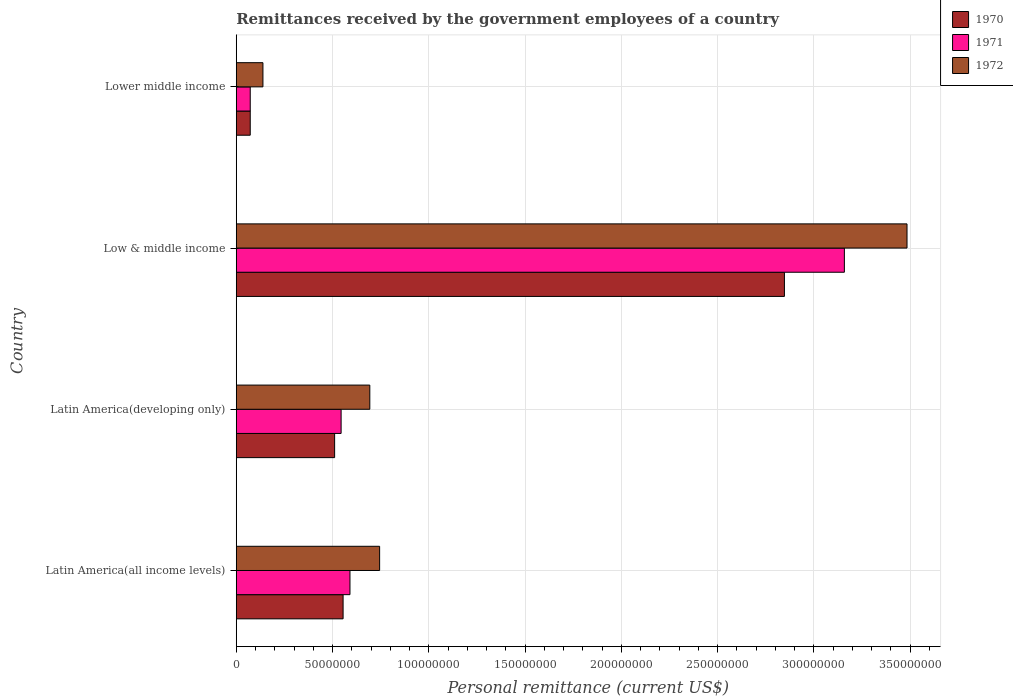
| Country | 1970 | 1971 | 1972 |
 | --- | --- | --- | --- |
 | Latin America(all income levels) | 5.55e+07 | 5.91e+07 | 7.45e+07 |
 | Latin America(developing only) | 5.11e+07 | 5.45e+07 | 6.94e+07 |
 | Low & middle income | 2.85e+08 | 3.16e+08 | 3.48e+08 |
 | Lower middle income | 7.26e+06 | 7.26e+06 | 1.39e+07 |